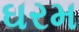
ઘરમ